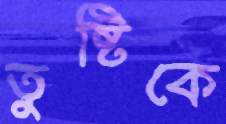
তুষ্টিকে